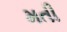
મતી